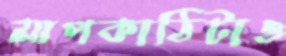
মাপকাঠিটাও